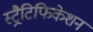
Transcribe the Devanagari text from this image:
स्ट्रैटिफिकेशन